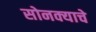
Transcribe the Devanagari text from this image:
सोनक्याचे